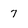
Character: 7